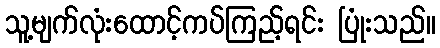
သူ့မျက်လုံးထောင့်ကပ်ကြည့်ရင်း ပြုံးသည်။